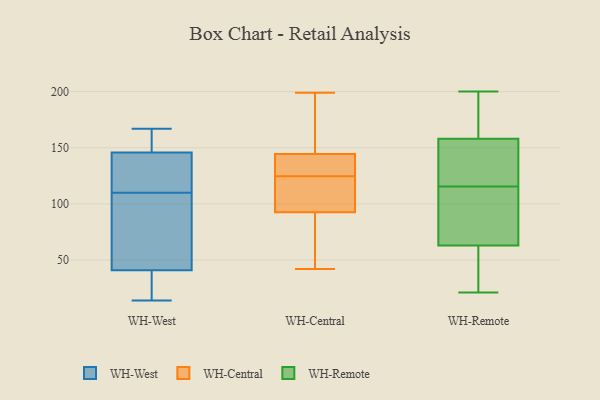
{"axis": {"x": "Waste Production (Tons)", "y": "Value"}, "legend": ["WH-Central", "WH-Remote", "WH-West"], "data": [{"x": "", "y": 40, "type": "WH-West"}, {"x": "", "y": 134, "type": "WH-West"}, {"x": "", "y": 95, "type": "WH-West"}, {"x": "", "y": 30, "type": "WH-West"}, {"x": "", "y": 164, "type": "WH-West"}, {"x": "", "y": 116, "type": "WH-West"}, {"x": "", "y": 110, "type": "WH-West"}, {"x": "", "y": 167, "type": "WH-West"}, {"x": "", "y": 41, "type": "WH-West"}, {"x": "", "y": 151, "type": "WH-West"}, {"x": "", "y": 43, "type": "WH-West"}, {"x": "", "y": 144, "type": "WH-West"}, {"x": "", "y": 14, "type": "WH-West"}, {"x": "", "y": 123, "type": "WH-Central"}, {"x": "", "y": 126, "type": "WH-Central"}, {"x": "", "y": 199, "type": "WH-Central"}, {"x": "", "y": 139, "type": "WH-Central"}, {"x": "", "y": 182, "type": "WH-Central"}, {"x": "", "y": 82, "type": "WH-Central"}, {"x": "", "y": 42, "type": "WH-Central"}, {"x": "", "y": 147, "type": "WH-Central"}, {"x": "", "y": 142, "type": "WH-Central"}, {"x": "", "y": 187, "type": "WH-Central"}, {"x": "", "y": 137, "type": "WH-Central"}, {"x": "", "y": 85, "type": "WH-Central"}, {"x": "", "y": 109, "type": "WH-Central"}, {"x": "", "y": 188, "type": "WH-Central"}, {"x": "", "y": 64, "type": "WH-Central"}, {"x": "", "y": 116, "type": "WH-Central"}, {"x": "", "y": 131, "type": "WH-Central"}, {"x": "", "y": 71, "type": "WH-Central"}, {"x": "", "y": 103, "type": "WH-Central"}, {"x": "", "y": 100, "type": "WH-Central"}, {"x": "", "y": 51, "type": "WH-Remote"}, {"x": "", "y": 179, "type": "WH-Remote"}, {"x": "", "y": 137, "type": "WH-Remote"}, {"x": "", "y": 67, "type": "WH-Remote"}, {"x": "", "y": 59, "type": "WH-Remote"}, {"x": "", "y": 95, "type": "WH-Remote"}, {"x": "", "y": 133, "type": "WH-Remote"}, {"x": "", "y": 118, "type": "WH-Remote"}, {"x": "", "y": 191, "type": "WH-Remote"}, {"x": "", "y": 127, "type": "WH-Remote"}, {"x": "", "y": 21, "type": "WH-Remote"}, {"x": "", "y": 26, "type": "WH-Remote"}, {"x": "", "y": 82, "type": "WH-Remote"}, {"x": "", "y": 187, "type": "WH-Remote"}, {"x": "", "y": 113, "type": "WH-Remote"}, {"x": "", "y": 200, "type": "WH-Remote"}]}